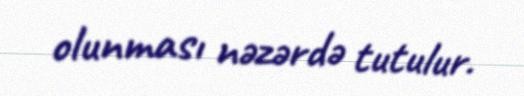
olunması nəzərdə tutulur.